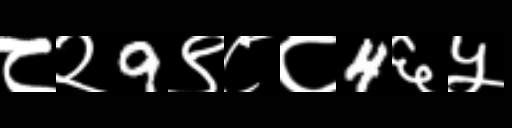
Text: ८२9९८८4६५